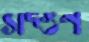
সদ্গুণ